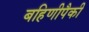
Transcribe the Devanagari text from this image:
बहिणीपैकी